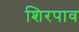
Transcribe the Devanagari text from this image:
शिरपाव